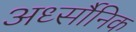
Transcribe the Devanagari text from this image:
अर्ध्सौनिक